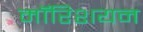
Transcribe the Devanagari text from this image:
मॉरिशयन